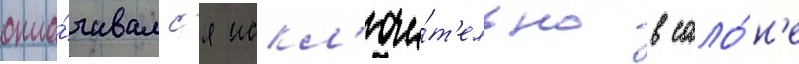
опла́чивалс'я искл'ючи́т'ельно в сало́н'е